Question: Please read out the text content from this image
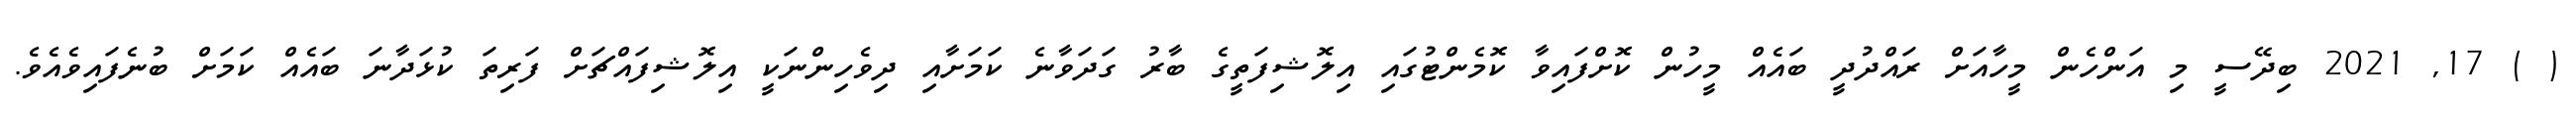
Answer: ( ) 17, 2021 ބިދޭސީ މި އަންހެން މީހާއަށް ރައްދުދީ ބައެއް މީހުން ކޮށްފައިވާ ކޮމެންޓުގައި އިލޮޝިފަތީގެ ބާރު ގަދަވާނެ ކަމަށާއި ދިވެހިންނަކީ އިލޮޝިފައްޗަށް ފަރިތަ ކުޅަދާނަ ބައެއް ކަމަށް ބުނެފައިވެއެވެ.